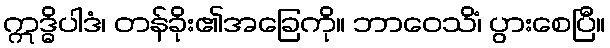
ဣဒ္ဓိပါဒံ၊ တန်ခိုး၏အခြေကို။ ဘာဝေသိံ၊ ပွားစေပြီ။